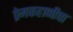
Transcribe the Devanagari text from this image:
प्रेमकहाणीचा